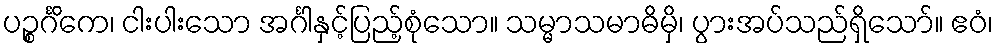
ပဉ္စင်္ဂိကေ၊ ငါးပါးသော အင်္ဂါနှင့်ပြည့်စုံသော။ သမ္မာသမာဓိမှိ၊ ပွားအပ်သည်ရှိသော်။ ဧဝံ၊